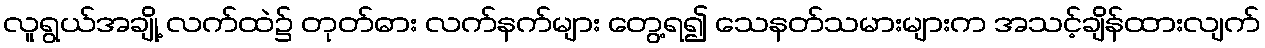
လူရွယ်အချို့ လက်ထဲ၌ တုတ်ဓား လက်နက်များ တွေ့ရ၍ သေနတ်သမားများက အသင့်ချိန်ထားလျက်